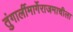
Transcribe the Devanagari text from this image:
तुंगार्लीमार्गेराजमाचीला